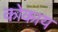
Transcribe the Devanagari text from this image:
कोकाय